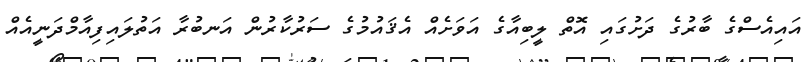
އައިއެސްގެ ބާރުގެ ދަށުގައި އޮތް ލީބިއާގެ އަވަށެއް އެޤައުމުގެ ސަރުކާރުން އަނބުރާ އަތުލައިފިއާމްދަނީއެއް